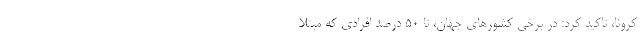
کرونا، تاکید کرد: در برخی کشورهای جهان، تا ۵۰ درصد افرادی که مبتلا